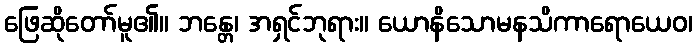
ဖြေဆိုတော်မူ၏။ ဘန္တေ၊ အရှင်ဘုရား။ ယောနိသောမနသိကာရောယေဝ၊